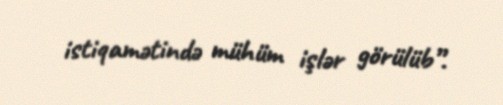
istiqamətində mühüm işlər görülüb”.